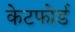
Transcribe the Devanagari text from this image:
केटफोर्ड